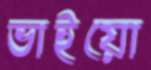
ভাইয়ো